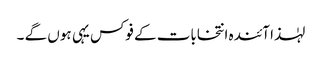
لہٰذا آئندہ انتخابات کے فوکس یہی ہوں گے ۔